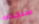
سنجده